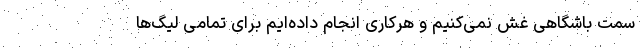
سمت باشگاهی غش نمی‌کنیم و هرکاری انجام داده‌ایم برای تمامی لیگ‌ها